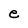
Character: e